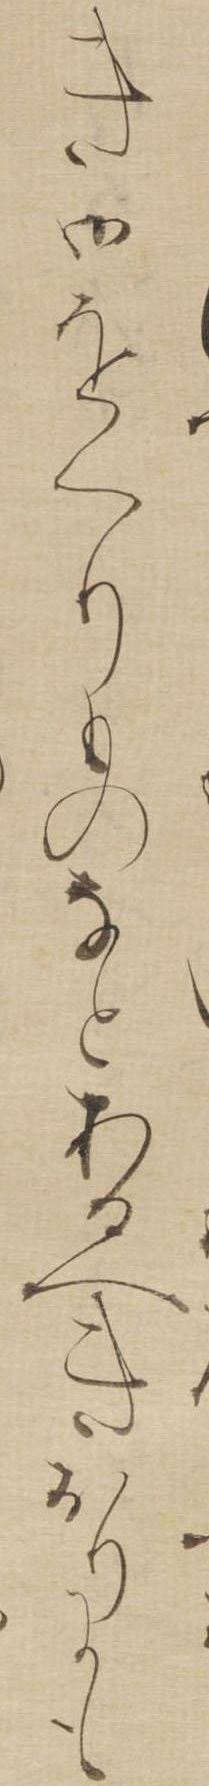
き御をくりものなとあるへきおりにも